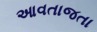
આવતાજતા